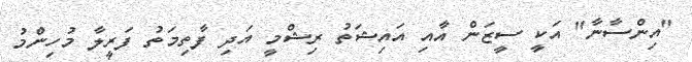
"އިންސާނާ" އަކީ ސީޒަން އާއި އައިޝަތު ރިޝްމީ އަދި ފާތިމަތު ފަރީލާ މުހިންމު